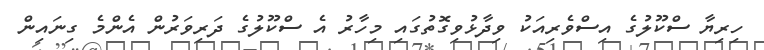
ހިރިޔާ ސްކޫލުގެ އިސްވެރިއަކު ވިދާޅުވިގޮތުގައި މިހާރު އެ ސްކޫލުގެ ދަރިވަރުން އެންމެ ގިނައިން